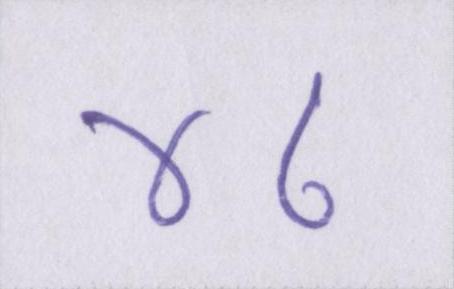
४८